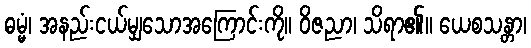
ဓမ္မံ၊ အနည်းငယ်မျှသောအကြောင်းကို။ ဝိဇညာ၊ သိရာ၏။ ယေစသန္တာ၊